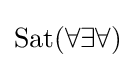
{\rm {{Sat}(\forall \exists \forall )}}